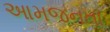
આમજનતા